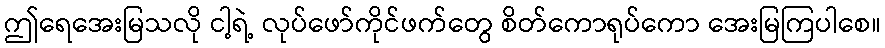
ဤရေအေးမြသလို ငါ့ရဲ့ လုပ်ဖော်ကိုင်ဖက်တွေ စိတ်ကောရုပ်ကော အေးမြကြပါစေ။